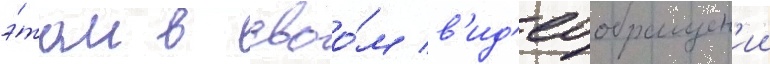
э́том в своо́м в'ид'еообращен'ии